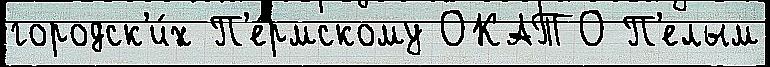
городск'и́х П'е́рмскому ОКАТО П'елым